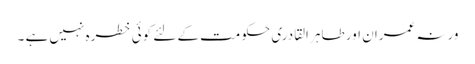
ورنہ عمران اور طاہر القادری حکومت کے لئے کوئی خطرہ نہیں ہے ۔